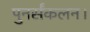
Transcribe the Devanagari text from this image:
पुनर्संकलन।